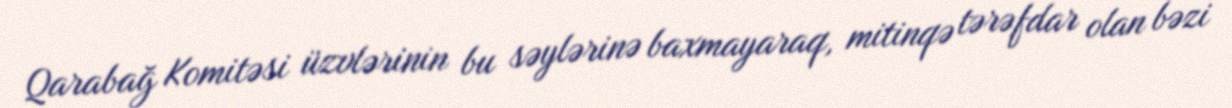
Qarabağ Komitəsi üzvlərinin bu səylərinə baxmayaraq, mitinqə tərəfdar olan bəzi